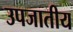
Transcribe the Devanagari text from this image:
उपजातीय